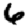
Digit: 6